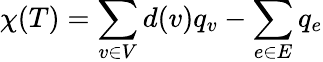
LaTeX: \chi(T)=\sum_{v\in V}d(v)q_{v}-\sum_{e\in E}q_{e}